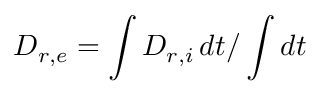
D _ { r , e } = \int D _ { r , i } \, d t / \int d t